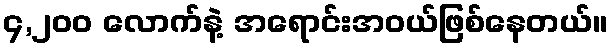
၄,၂၀၀ လောက်နဲ့ အရောင်းအဝယ်ဖြစ်နေတယ်။